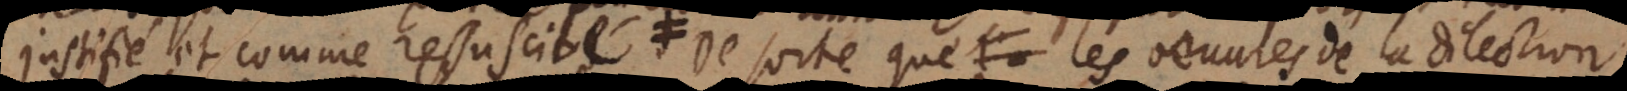
justifié et comme ressuscité, de sorte que les oeuvres de la dilection